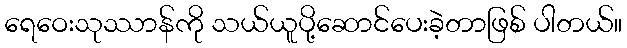
ရေဝေးသုဿာန်ကို သယ်ယူပို့ဆောင်ပေးခဲ့တာဖြစ် ပါတယ်။